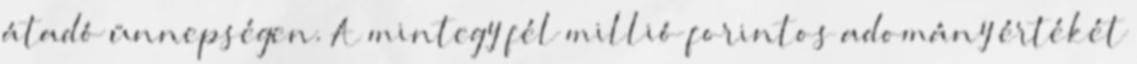
átadó ünnepségen. A mintegy fél millió forintos adomány értékét